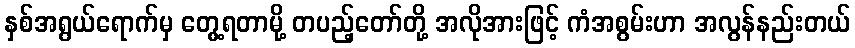
နှစ်အရွယ်ရောက်မှ တွေ့ရတာမို့ တပည့်တော်တို့ အလိုအားဖြင့် ကံအစွမ်းဟာ အလွန်နည်းတယ်